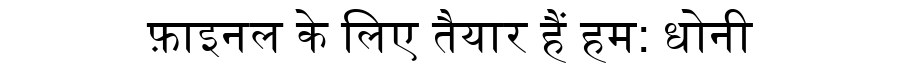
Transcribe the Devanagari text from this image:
फ़ाइनल के लिए तैयार हैं हम: धोनी